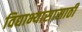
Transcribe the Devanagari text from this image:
विद्याभ्यासासाठी